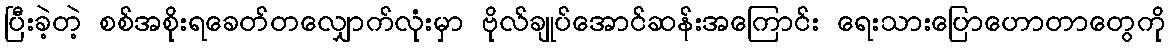
ပြီးခဲ့တဲ့ စစ်အစိုးရခေတ်တလျှောက်လုံးမှာ ဗိုလ်ချုပ်အောင်ဆန်းအကြောင်း ရေးသားပြောဟောတာတွေကို